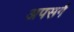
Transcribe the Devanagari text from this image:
अपसर्ग